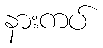
နားကပ်